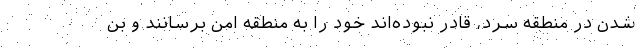
شدن در منطقه سرد، قادر نبوده‌اند خود را به منطقه امن برسانند و بن